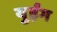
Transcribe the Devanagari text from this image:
युईंग